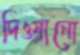
দিওয়ানো